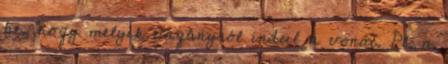
be, hogy melyik vágányról indul a vonat. Pl. a